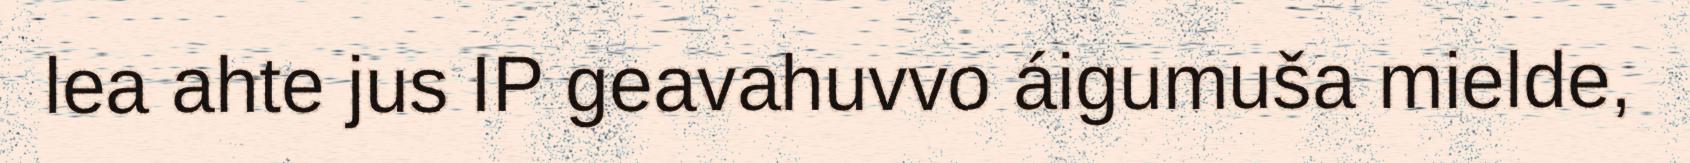
lea ahte jus IP geavahuvvo áigumuša mielde,